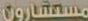
مستشارون